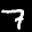
Digit: 7